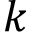
k